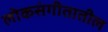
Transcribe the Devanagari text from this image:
लोकसंगीतातील